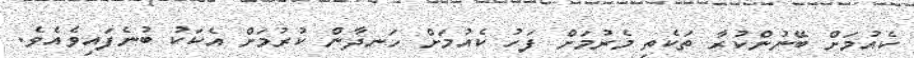
ކެއުމަށް ބޭނުންކުރާ ތަކެތި މެރުމަށް ފަހު ކެއުމަށް ހަނދާން ކުރުމަށް އެކަކު ބުނެފައިވެއެވެ.